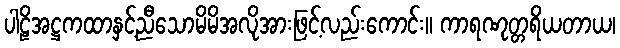
ပါဠိအဋ္ဌကထာနှင့်ညီသောမိမိအလိုအားဖြင့်လည်းကောင်း။ ကာရဏုတ္တရိယတာယ၊